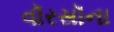
વૉરસૉના